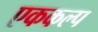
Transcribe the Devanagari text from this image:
एककल्प